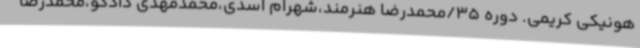
هونیکی کریمی. دوره 35/محمدرضا هنرمند،شهرام اسدی،محمدمهدی دادگو،محمدرضا